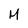
Character: M